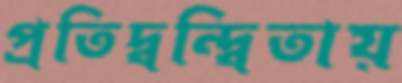
প্রতিদ্বন্দ্বিতায়